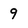
Character: 9